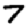
Digit: 7